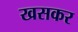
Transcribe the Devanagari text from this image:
खसकर